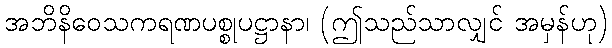
အဘိနိဝေသကရဏပစ္စုပဋ္ဌာနာ၊ (ဤသည်သာလျှင် အမှန်ဟု)